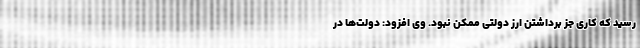
رسید که کاری جز برداشتن ارز دولتی ممکن نبود. وی افزود: دولت‌ها در